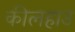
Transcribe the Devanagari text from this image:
कीलहाउ